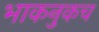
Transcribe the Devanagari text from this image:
भाकनुकच